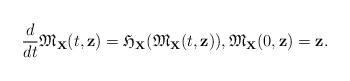
LaTeX: \begin{align*}\frac{d}{dt}\mathfrak{M}_{\mathbf{X}}(t,\mathbf{z})= \mathfrak{H}_{\mathbf{X}}(\mathfrak{M}_{\mathbf{X}}(t, \mathbf{z})),\mathfrak{M}_{\mathbf{X}}(0,\mathbf{z})=\mathbf{z}.\end{align*}